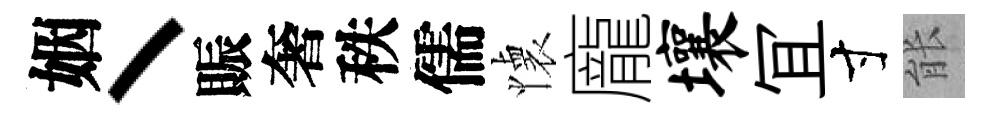
姻丶賑奢秩儒懐龐壤冝寸䏻